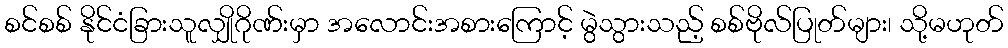
စင်စစ် နိုင်ငံခြားသူလျှိုဂိုဏ်းမှာ အလောင်းအစားကြောင့် မွဲသွားသည့် စစ်ဗိုလ်ပြုတ်များ၊ သို့မဟုတ်